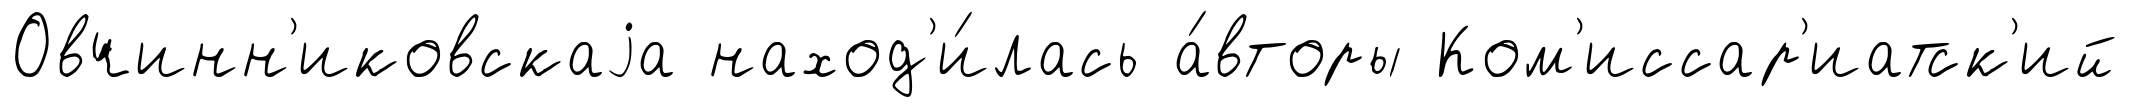
Овчинн'иковскаjа наход'и́лась а́вторы Ком'иссар'иатск'ий